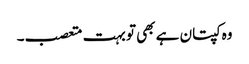
وہ کپتان ہے بھی تو بہت متعصب۔